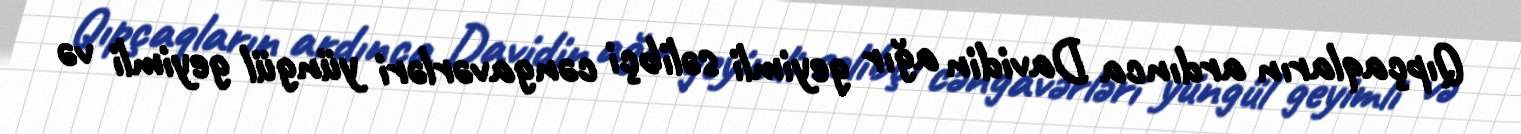
Qıpçaqların ardınca Davidin ağır geyimli səlibçi cəngavərləri yüngül geyimli və